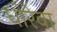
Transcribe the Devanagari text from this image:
धोरेवा